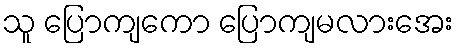
သူ ပြောကျကော ပြောကျမလားအေး